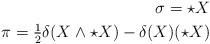
LaTeX: \begin{align*}\sigma =\star X && \\\pi=\tfrac{1}{2}\delta(X\wedge \star X)-\delta(X)(\star X)&&\end{align*}